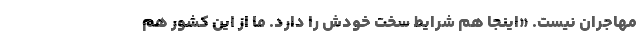
مهاجران نیست. «اینجا هم شرایط سخت خودش را دارد. ما از این کشور هم